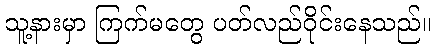
သူ့နားမှာ ကြက်မတွေ ပတ်လည်ဝိုင်းနေသည်။